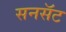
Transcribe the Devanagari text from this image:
सनसॅट